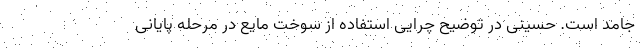
جامد است. حسینی در توضیح چرایی استفاده از سوخت مایع در مرحله پایانی